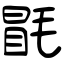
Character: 毷